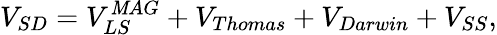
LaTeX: V_{SD}=V_{LS}^{\mathit{M}AG}+V_{Thomas}+V_{Darwin}+V_{SS},